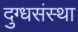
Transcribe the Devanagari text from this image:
दुग्धसंस्था